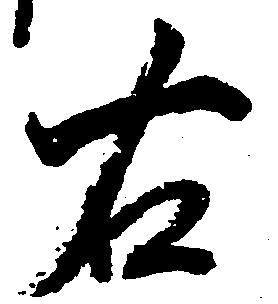
右